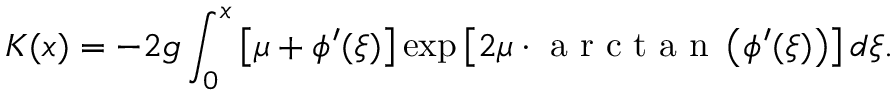
K ( x ) = - 2 g \int _ { 0 } ^ { x } { \left[ { \mu + \phi ^ { \prime } ( \xi ) } \right] } \exp \left[ { 2 \mu \cdot \mathrm { ~ a ~ r ~ c ~ t ~ a ~ n ~ } \left( { \phi ^ { \prime } ( \xi ) } \right) } \right] d \xi .